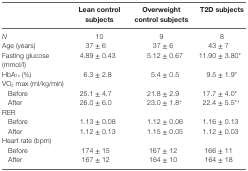
<table><thead><tr><td>[EMPTY_CELL]</td><td><b>Lean control subjects</b></td><td><b>Overweight control subjects</b></td><td><b>T2D subjects</b></td></tr></thead><tbody><tr><td><i>N</i></td><td>10</td><td>9</td><td>8</td></tr><tr><td>Age (years)</td><td>37 ± 6</td><td>37 ± 6</td><td>43 ± 7</td></tr><tr><td>Fasting glucose (mmol/l)</td><td>4.89 ± 0.43</td><td>5.12 ± 0.67</td><td>11.90 ± 3.80*</td></tr><tr><td>HbA<sub>1c</sub> (%)</td><td>6.3 ± 2.8</td><td>5.4 ± 0.5</td><td>9.5 ± 1.9*</td></tr><tr><td>VO<sub>2</sub> max (ml/kg/min)</td><td>[EMPTY_CELL]</td><td>[EMPTY_CELL]</td><td>[EMPTY_CELL]</td></tr><tr><td> Before</td><td>25.1 ± 4.7</td><td>21.8 ± 2.9</td><td>17.7 ± 4.0*</td></tr><tr><td> After</td><td>26.0 ± 6.0</td><td>23.0 ± 1.8<sup>†</sup></td><td>22.4 ± 5.5*<sup>†</sup></td></tr><tr><td>RER</td><td>[EMPTY_CELL]</td><td>[EMPTY_CELL]</td><td>[EMPTY_CELL]</td></tr><tr><td> Before</td><td>1.13 ± 0.08</td><td>1.12 ± 0.06</td><td>1.16 ± 0.13</td></tr><tr><td> After</td><td>1.12 ± 0.13</td><td>1.15 ± 0.05</td><td>1.12 ± 0.03</td></tr><tr><td>Heart rate (bpm)</td><td>[EMPTY_CELL]</td><td>[EMPTY_CELL]</td><td>[EMPTY_CELL]</td></tr><tr><td> Before</td><td>174 ± 15</td><td>167 ± 12</td><td>166 ± 11</td></tr><tr><td> After</td><td>167 ± 12</td><td>164 ± 10</td><td>164 ± 18</td></tr></tbody></table>